Indian Civil Veterinary Department memoirs
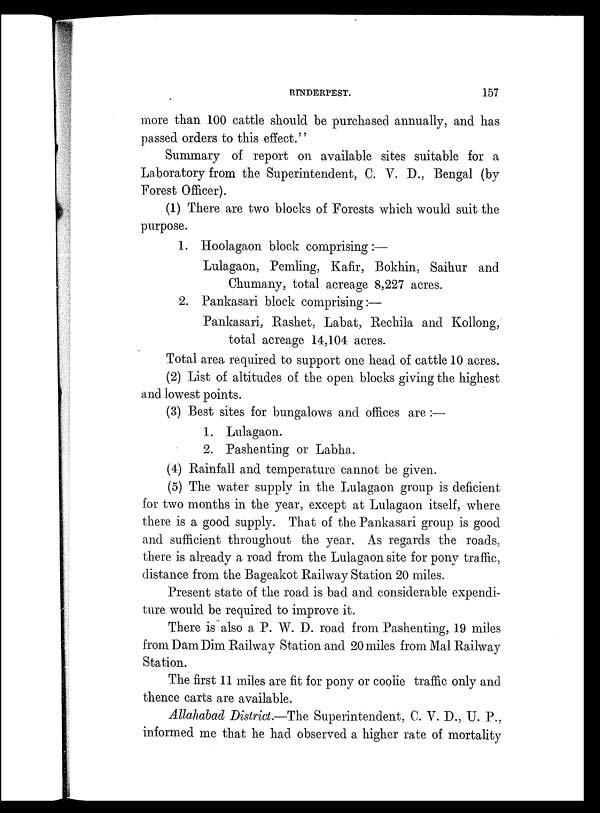
RINDERPEST.
157
more than 100 cattle should be purchased annually, and has
passed orders to this effect."
Summary of report on available sites suitable for a
Laboratory from the Superintendent, C. V. D., Bengal (by
Forest Officer).
(1) There are two blocks of Forests which would suit the
purpose.
1. Hoolagaon block comprising:—
Lulagaon, Pemling, Kafir, Bokhin, Saihur and
Chumany, total acreage 8,227 acres.
2. Pankasari block comprising:—
Pankasari, Rashet, Labat, Rechila and Kollong,
total acreage 14,104 acres.
Total area required to support one head of cattle 10 acres.
(2) List of altitudes of the open blocks giving the highest
and lowest points.
(3) Best sites for bungalows and offices are:—
1. Lulagaon.
2. Pashenting or Labha.
(4) Rainfall and temperature cannot be given.
(5) The water supply in the Lulagaon group is deficient
for two months in the year, except at Lulagaon itself, where
there is a good supply. That of the Pankasari group is good
and sufficient throughout the year. As regards the roads,
there is already a road from the Lulagaon site for pony traffic,
distance from the Bageakot Railway Station 20 miles.
Present state of the road is bad and considerable expendi-
ture would be required to improve it.
There is also a P. W. D. road from Pashenting, 19 miles
from Dam Dim Railway Station and 20 miles from Mal Railway
Station.
The first 11 miles are fit for pony or coolie traffic only and
thence carts are available.
Allahabad District.—The Superintendent, C. V. D., U. P.,
informed me that he had observed a higher rate of mortality